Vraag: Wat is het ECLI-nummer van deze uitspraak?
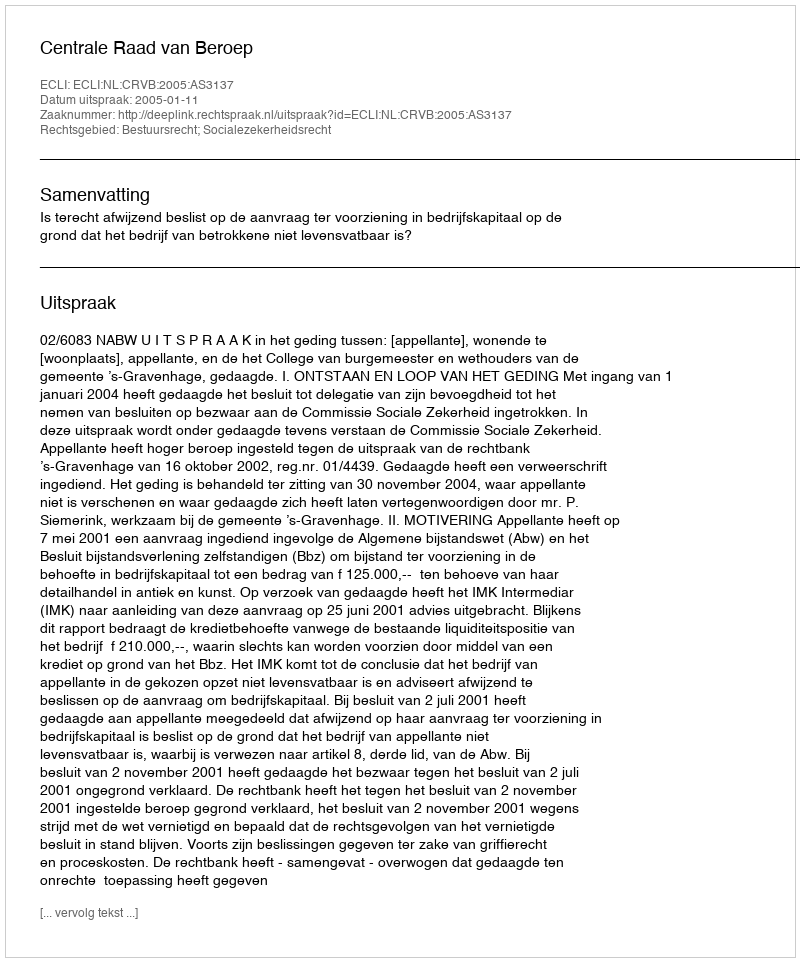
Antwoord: ECLI:NL:CRVB:2005:AS3137